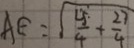
A E = \sqrt { \frac { 2 5 } { 4 } + \frac { 2 7 } { 4 } }